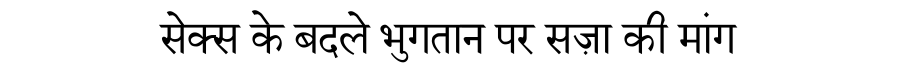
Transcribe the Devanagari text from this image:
सेक्स के बदले भुगतान पर सज़ा की मांग